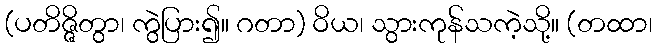
(ပတိဇ္ဇိတွာ၊ ကွဲပြား၍။ ဂတာ) ဝိယ၊ သွားကုန်သကဲ့သို့။ (တထာ၊